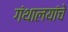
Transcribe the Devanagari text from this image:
गंथालयांचे